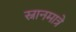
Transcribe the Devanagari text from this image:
स्नानमात्रे